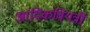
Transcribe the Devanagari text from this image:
आदिकवियत्री